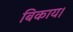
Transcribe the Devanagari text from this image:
बिकाय।